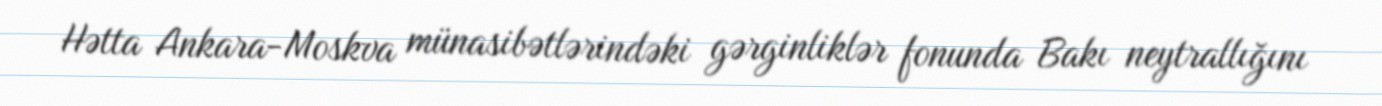
Hətta Ankara-Moskva münasibətlərindəki gərginliklər fonunda Bakı neytrallığını